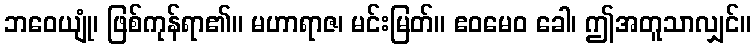
ဘဝေယျုံ၊ ဖြစ်ကုန်ရာ၏။ မဟာရာဇ၊ မင်းမြတ်။ ဧဝမေဝ ခေါ၊ ဤအတူသာလျှင်။